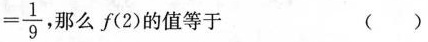
= \frac { 1 } { 9 }$$，那么f(2)的值等于 ()